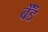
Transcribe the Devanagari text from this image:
बॅँंड